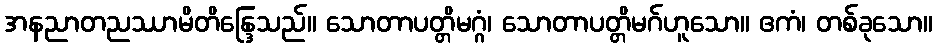
အနညာတညဿာမိတိန္ဒြေသည်။ သောတာပတ္တိမဂ္ဂံ၊ သောတာပတ္တိမဂ်ဟူသော။ ဧကံ၊ တစ်ခုသော။